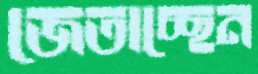
জেতাচ্ছেন